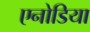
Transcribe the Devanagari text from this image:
एनोडिया